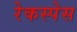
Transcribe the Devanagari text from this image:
रेकस्पेस